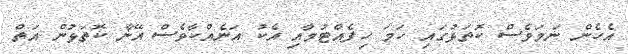
އެހެން ނަމަވެސް ކޮތަޅުގައި ހަމަ ހިފެއްޓުމާއި އެކު އަނެއްކާވެސް އޭނާ ކޮތަޅުން އަތް